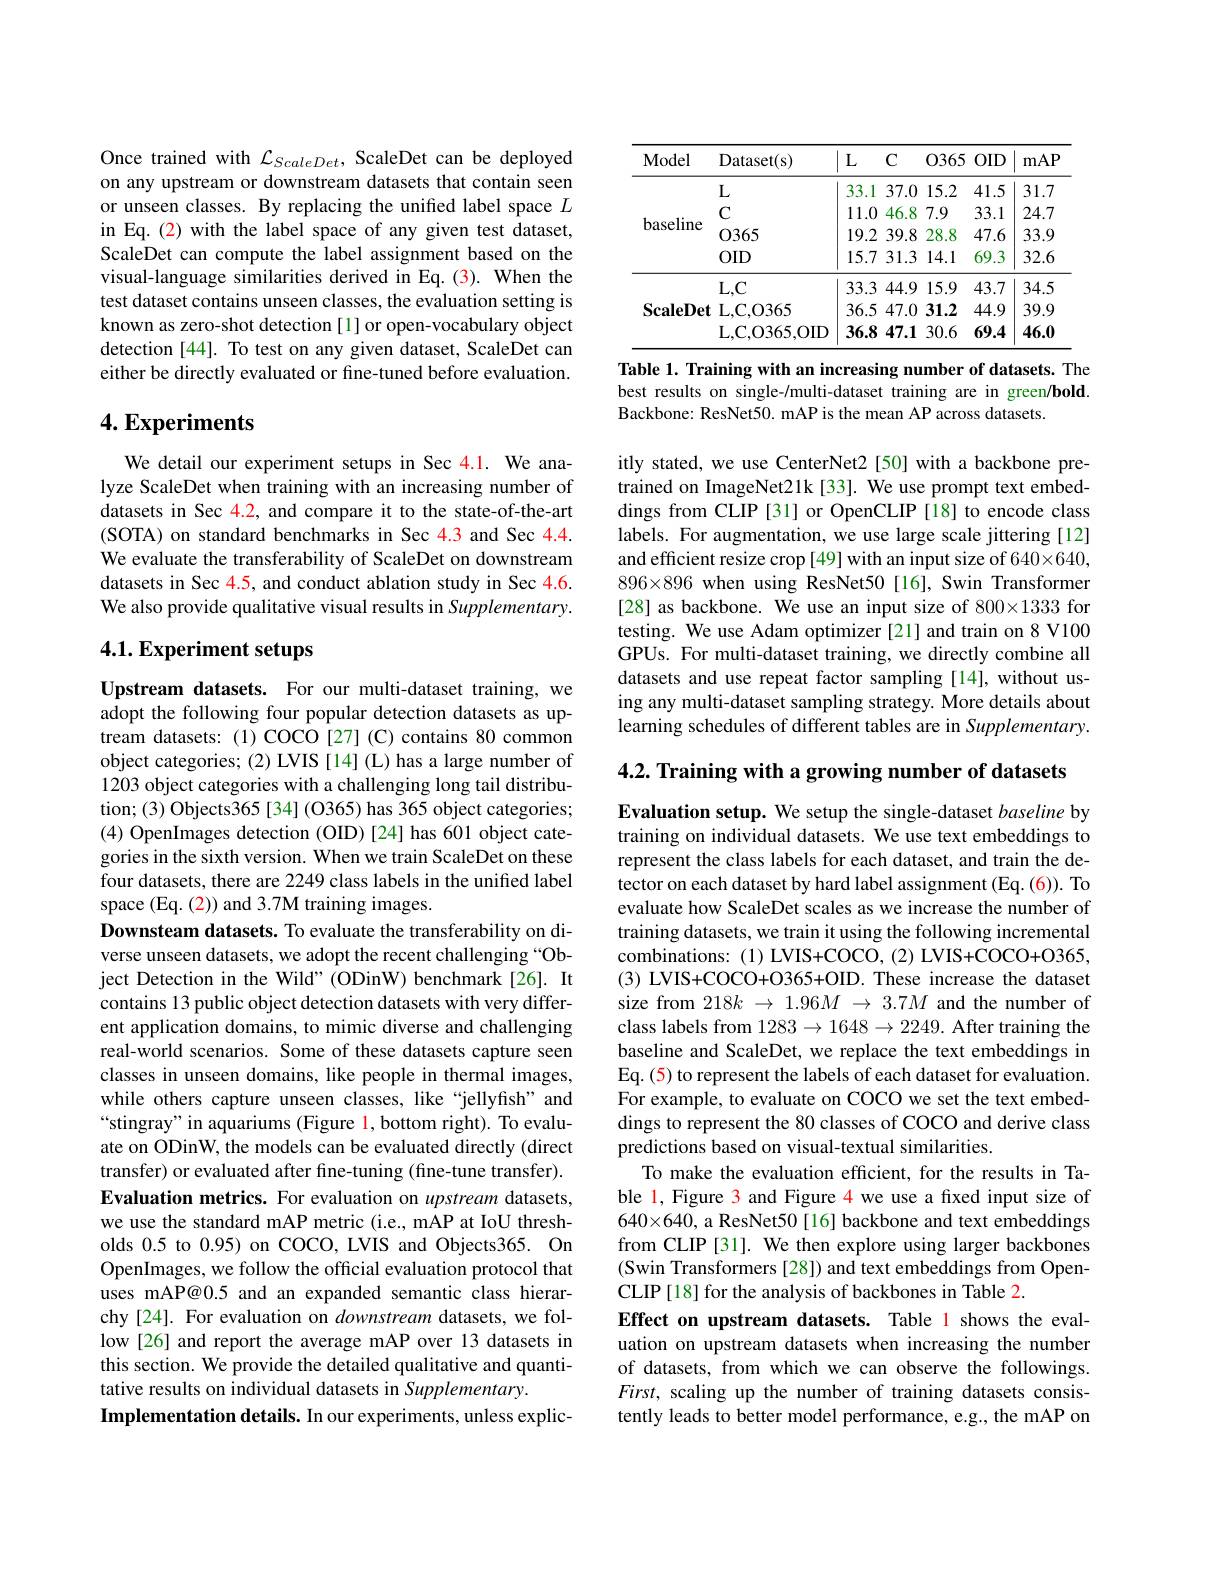
Once trained with $\mathcal{L}_ScaleDet$, ScaleDet can be deployed on any upstream or downstream datasets that contain seen or unseen classes. By replacing the unified label space $L$ in Eq.(2) with the label space of any given test dataset, ScaleDet can compute the label assignment based on the visual-language similarities derived in Eq.(3). When the test dataset contains unseen classes, the evaluation setting is known as zero-shot detection [1] or open-vocabulary object detection [44]. To test on any given dataset, ScaleDet can either be directly evaluated or fine-tuned before evaluation.

## $4. \textbf{Experiments}$

We detail our experiment setups in Sec 4.1. We analyze ScaleDet when training with an increasing number of datasets in Sec 4.2, and compare it to the state-of-the-art (SOTA) on standard benchmarks in Sec 4.3 and Sec 4.4. We evaluate the transferability of ScaleDet on downstream datasets in Sec 4.5, and conduct ablation study in Sec 4.6. We also provide qualitative visual results in Supplementary.

## 4.1. Experiment setups

Upstream datasets. For our multi-dataset training, we adopt the following four popular detection datasets as uptream datasets: (1) COCO [27] (C) contains 80 common object categories; (2) LVIS [14] (L) has a large number of 1203 object categories with a challenging long tail distribution; (3) Objects365 [34] (O365) has 365 object categories; (4) OpenImages detection (OID)[24] has 601 object categories in the sixth version. When we train ScaleDet on these four datasets, there are 2249 class labels in the unified label space (Eq. (2)) and 3.7M training images.
Downsteam datasets. To evaluate the transferability on diverse unseen datasets, we adopt the recent challenging “Object Detection in the Wild" (ODinW) benchmark[26]. It contains 13 public object detection datasets with very different application domains, to mimic diverse and challenging real-world scenarios. Some of these datasets capture seen classes in unseen domains, like people in thermal images, while others capture unseen classes, like“jellyfish” and “stingray” in aquariums (Figure 1, bottom right). To evaluate on ODinW, the models can be evaluated directly (direct transfer) or evaluated after fine-tuning (fine-tune transfer). Evaluation metrics. For evaluation on upstream datasets, we use the standard mAP metric (i.e., mAP at IoU thresholds 0.5 to 0.95) on COCO, LVIS and Objects365. On OpenImages, we follow the official evaluation protocol that uses mAP@0.5 and an expanded semantic class hierarchy [24]. For evaluation on downstream datasets, we follow[26] and report the average mAP over 13 datasets in this section. We provide the detailed qualitative and quantitative results on individual datasets in Supplementary.
Implementation details. In our experiments, unless explic-

<table>
	<tbody>
		<tr>
			<th>Model</th>
			<th>Dataset( s) </th>
			<th>$L$ </th>
			<th>$C$</th>
			<th>0365</th>
			<th>$OID$</th>
			<th>mAP</th>
		</tr>
		<tr>
			<td rowspan="4">baseline</td>
			<td>$L$</td>
			<td>33.1</td>
			<td>37.0 .1</td>
			<td>.0 15.2</td>
			<td>41.5</td>
			<td>31.7</td>
		</tr>
		<tr>
			<td>$C$</td>
			<td>11.0</td>
			<td>46.8 .0 1</td>
			<td>8 7.9</td>
			<td>33.1</td>
			<td>24.7</td>
		</tr>
		<tr>
			<td>0365</td>
			<td>19.2</td>
			<td>.2 39.8</td>
			<td>28.8 8</td>
			<td>47.6</td>
			<td>33.9</td>
		</tr>
		<tr>
			<td>$OID$</td>
			<td>15.7</td>
			<td>.7 31.3</td>
			<td>.3 14.1</td>
			<td>69.3</td>
			<td>32.6</td>
		</tr>
		<tr>
			<td rowspan="3">$\mathbf{ScaleDet}$</td>
			<td>$L,C$</td>
			<td>33.3</td>
			<td>3 44.9 1 1</td>
			<td>.9 15.9</td>
			<td>43.7</td>
			<td>34.5</td>
		</tr>
		<tr>
			<td>L,C,O365</td>
			<td>36.5</td>
			<td>.5 47.0 1</td>
			<td>.0 31.2</td>
			<td>44.9</td>
			<td>39.9</td>
		</tr>
		<tr>
			<td>L, C, O365, OID</td>
			<td>36.8</td>
			<td>.8 47.1</td>
			<td>.1 30.6</td>
			<td>69.4</td>
			<td>46.0</td>
		</tr>
	</tbody>
</table>

Table 1. Training with an increasing number of datasets. The best results on single-/multi-dataset training are in green/bold. Backbone: ResNet50. mAP is the mean AP across datasets.

itly stated, we use CenterNet2 [50] with a backbone pretrained on ImageNet21k [33]. We use prompt text embeddings from CLIP [31] or OpenCLIP [18] to encode class labels. For augmentation, we use large scale jittering [12] and efficient resize crop [49] with an input size of 640×640, $896\times896$ when using ResNet50[16], Swin Transformer [28] as backbone. We use an input size of 800×1333 for testing. We use Adam optimizer [21] and train on 8 V100 GPUs. For multi-dataset training, we directly combine all datasets and use repeat factor sampling [14], without using any multi-dataset sampling strategy. More details about learning schedules of different tables are in Supplementary.

$4. 2. \textbf{ Training with a growing number of datasets}$

Evaluation setup. We setup the single-dataset baseline by training on individual datasets. We use text embeddings to represent the class labels for each dataset, and train the detector on each dataset by hard label assignment (Eq. (6)). To evaluate how ScaleDet scales as we increase the number of training datasets, we train it using the following incremental combinations:(1)LVIS+COCO,(2)LVIS+COCO+O365, (3) LVIS+COCO+O365+OID.These increase the dataset size from 218$k\to1.96M\to3.7M$ and the number of class labels from $1283\to1648\to2249.$ After training the baseline and ScaleDet, we replace the text embeddings in Eq. (5) to represent the labels of each dataset for evaluation. For example, to evaluate on COCO we set the text embeddings to represent the 80 classes of COCO and derive class predictions based on visual-textual similarities.
To make the evaluation efficient, for the results in Table l, Figure 3 and Figure 4 we use a fixed input size of $640\times640, a ResNet50[16] backbone and text embeddings$ from CLIP [31]. We then explore using larger backbones (Swin Transformers[28]) and text embeddings from OpenCLIP[18] for the analysis of backbones in Table 2.
Effect on upstream datasets. Table 1 shows the evaluation on upstream datasets when increasing the number of datasets, from which we can observe the followings. $First$, scaling up the number of training datasets consistently leads to better model performance, e.g., the mAP on